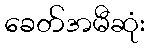
ခေတ်အမီဆုံး